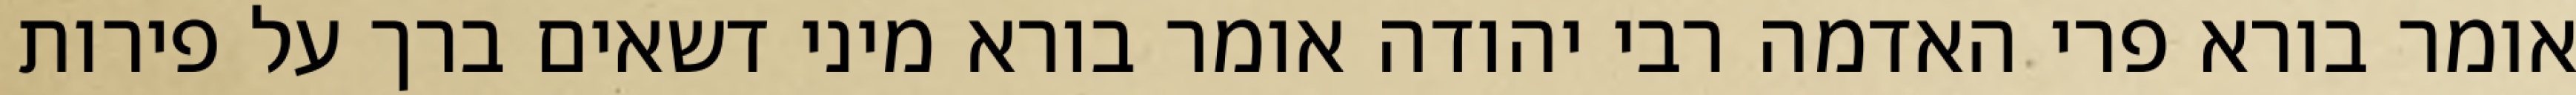
אומר בורא פרי האדמה רבי יהודה אומר בורא מיני דשאים ברך על פירות